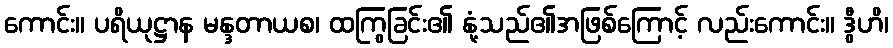
ကောင်း။ ပရိယုဋ္ဌာန မန္ဒတာယစ၊ ထကြွခြင်း၏ နုံ့သည်၏အဖြစ်ကြောင့် လည်းကောင်း။ ဒွီဟိ၊